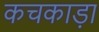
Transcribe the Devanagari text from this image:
कचकाड़ा